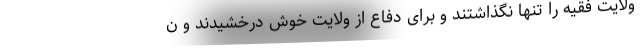
ولایت فقیه را تنها نگذاشتند و برای دفاع از ولایت خوش درخشیدند و ن